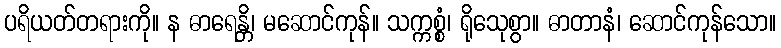
ပရိယတ်တရားကို။ န ဓာရေန္တိ၊ မဆောင်ကုန်။ သက္ကစ္စံ၊ ရိုသေုစွာ။ ဓာတာနံ၊ ဆောင်ကုန်သော။